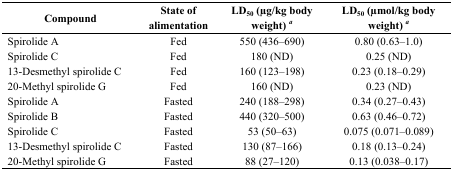
| Compound | State of alimentation | LD50 (μg/kg body weight)a | LD50 (μmol/kg body weight)a |
 | --- | --- | --- | --- |
 | Spirolide A | Fed | 550 (436–690) | 0.80 (0.63–1.0) |
 | Spirolide C | Fed | 180 (ND) | 0.25 (ND) |
 | 13-Desmethyl spirolide C | Fed | 160 (123–198) | 0.23 (0.18–0.29) |
 | 20-Methyl spirolide G | Fed | 160 (ND) | 0.23 (ND) |
 | Spirolide A | Fasted | 240 (188–298) | 0.34 (0.27–0.43) |
 | Spirolide B | Fasted | 440 (320–500) | 0.63 (0.46–0.72) |
 | Spirolide C | Fasted | 53 (50–63) | 0.075 (0.071–0.089) |
 | 13-Desmethyl spirolide C | Fasted | 130 (87–166) | 0.18 (0.13–0.24) |
 | 20-Methyl spirolide G | Fasted | 88 (27–120) | 0.13 (0.038–0.17) |